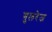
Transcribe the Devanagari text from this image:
गुलरेज